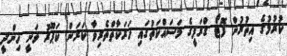
ކުރުމުގެ އިތުރުން ފޮޓޯ ގްރަފީގެ މަސައްކަތުގައި ހަރަކާތްތެރިވާ ކަރަން ކަޕޫރު ވަނީ ހިންދީ